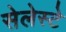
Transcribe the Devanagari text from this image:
सेलेस्टे